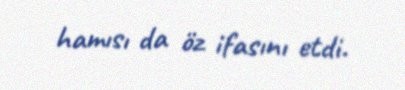
hamısı da öz ifasını etdi.